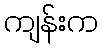
ကျန်းက